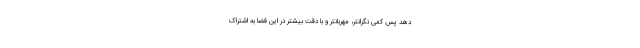
دهد پس کمی نگرانتر، مهربانتر و با دقت بیشتر در این فضا به اشتراک